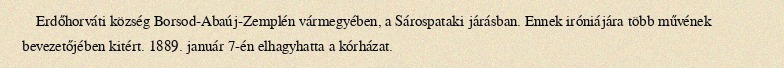
Erdőhorváti község Borsod-Abaúj-Zemplén vármegyében, a Sárospataki járásban. Ennek iróniájára több művének bevezetőjében kitért. 1889. január 7-én elhagyhatta a kórházat.